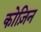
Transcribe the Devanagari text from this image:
कोज़िन